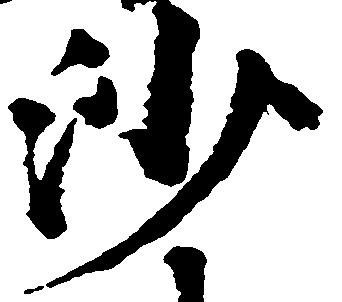
沙